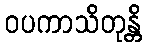
ဝပကာသိတုန္တိ